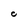
Character: C